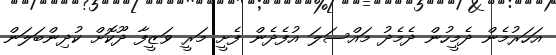
އަހަރުމެން ދެމީހުން ދެމެދު މައްސަލަ އުފެދެން ފެށީ މަރީ ވަޒީފާ ދޫކޮށް ކުދިންބަލަން